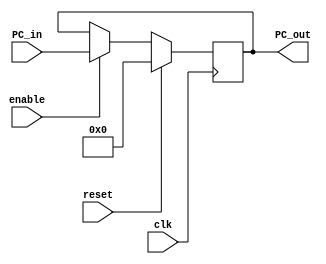
module ProgramCounter(
	reset,
	clk,
	PC_in,
	PC_out,
	enable
	);

	input reset;
	input clk;
	input enable;
	input [31:0] PC_in;
	output [31:0] PC_out;
	reg [31:0] PC_out;
	
	initial begin
		PC_out = 32'b00000000000000000000000000000000;
	end
	
	always @(posedge clk)
		begin
		if (reset)
			PC_out = 32'b00000000000000000000000000000000;
		else if (enable)
			PC_out = PC_in;
		end
			
			
	// MIGHT NEED TO MODIFY THIS TO ADD AN ENABLE FEATURE. DONE
			
endmodule